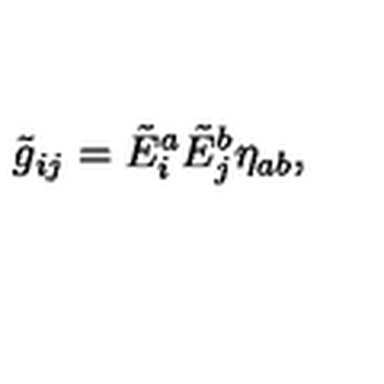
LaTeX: \tilde { g } _ { i j } = \tilde { E } _ { i } ^ { a } \tilde { E } _ { j } ^ { b } \eta _ { a b } , \